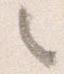
々